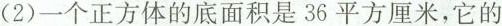
(2)一个正方体的底面积是36平方厘米，它的